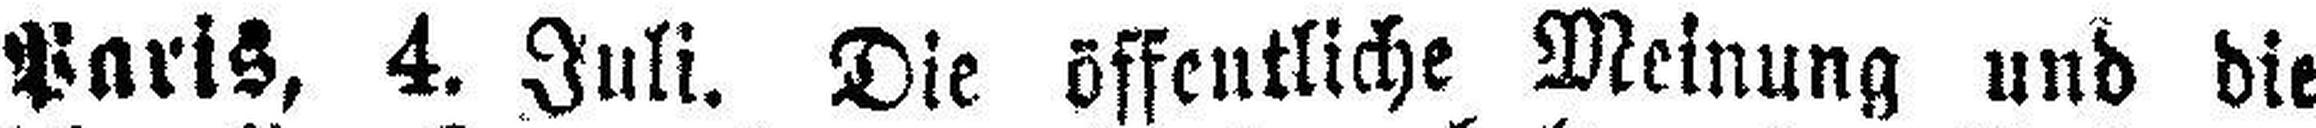
Paris, 4. Juli. Die öffentliche Meinung und die